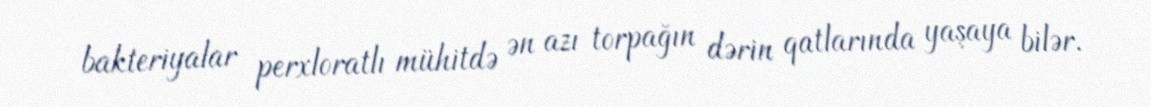
bakteriyalar perxloratlı mühitdə ən azı torpağın dərin qatlarında yaşaya bilər.